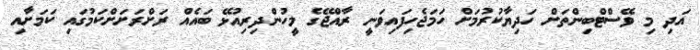
އަދި މި ވޭސްޓްބިންތަށް ހަދިޔާކުރުމަށް ހަމަޖެހިފައިވަނީ ރާއްޖޭގެ މީހުންދިރިއުޅޭ ބައެއް ރަށްރަށަށްކަމުގައި ކަމަށާއި